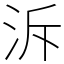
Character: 泝